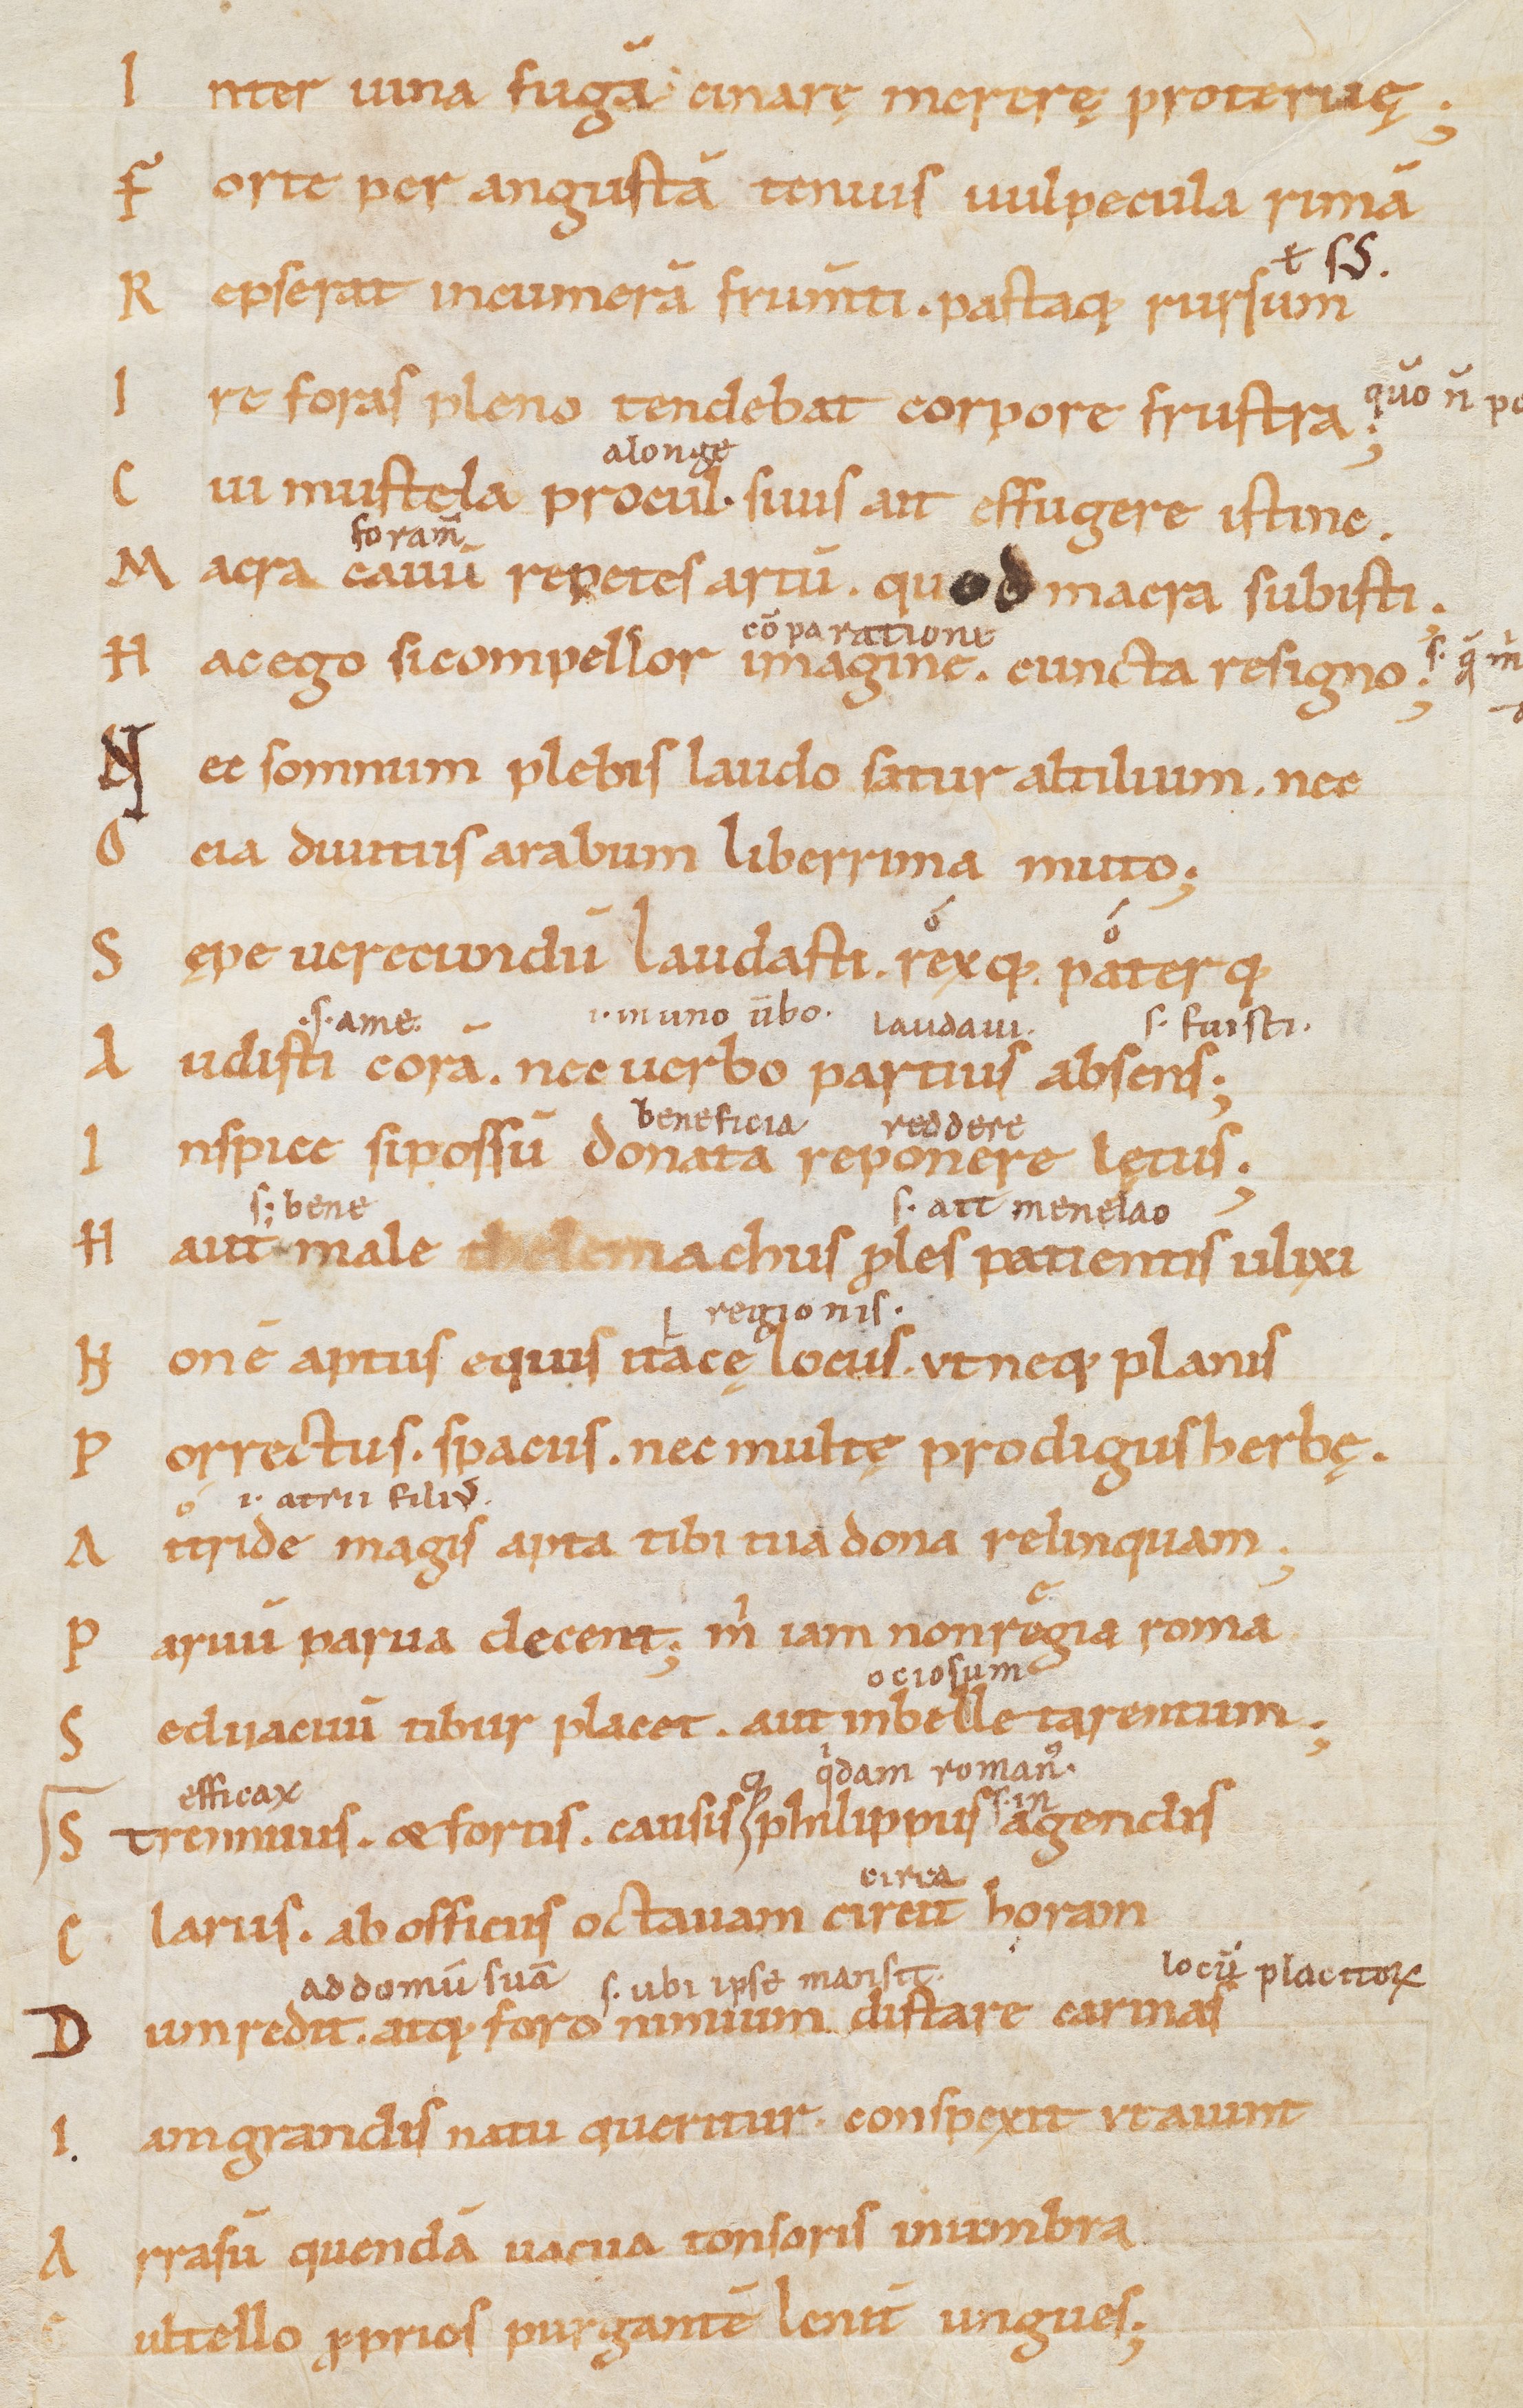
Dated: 900–999